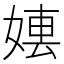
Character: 𡞤